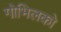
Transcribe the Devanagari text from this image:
गोभिलको